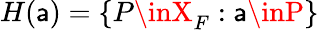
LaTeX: H(\mathsf{a})=\{ P\inX_{F}:\mathsf{a}\inP\}